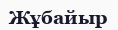
Жұбайыр